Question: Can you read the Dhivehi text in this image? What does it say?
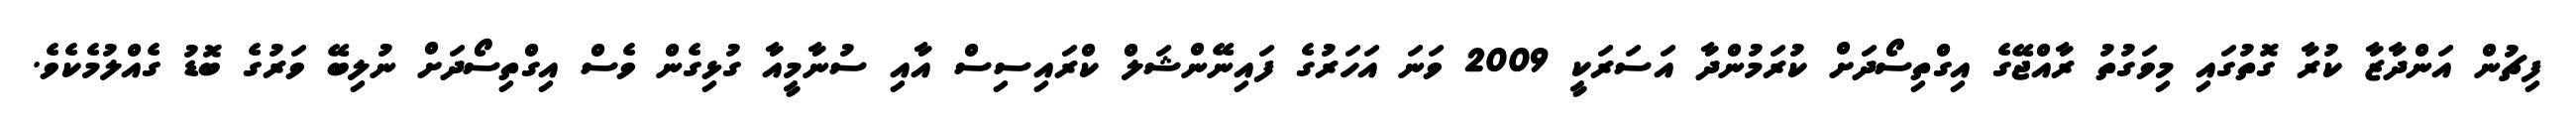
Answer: ފިޗުން އަންދާޒާ ކުރާ ގޮތުގައި މިވަގުތު ރާއްޖޭގެ އިގްތިސޯދަށް ކުރަމުންދާ އަސަރަކީ 2009 ވަނަ އަހަރުގެ ފައިނޭންޝަލް ކްރައިސިސް އާއި ސުނާމީއާ ގުޅިގެން ވެސް އިގްތިސޯދަށް ނުލިބޭ ވަރުގެ ބޮޑު ގެއްލުމެކެވެ.